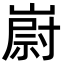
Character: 嶎